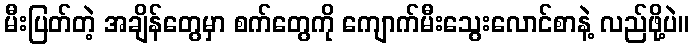
မီးပြတ်တဲ့ အချိန်တွေမှာ စက်တွေကို ကျောက်မီးသွေးလောင်စာနဲ့ လည်ဖို့ပဲ။